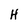
Character: H